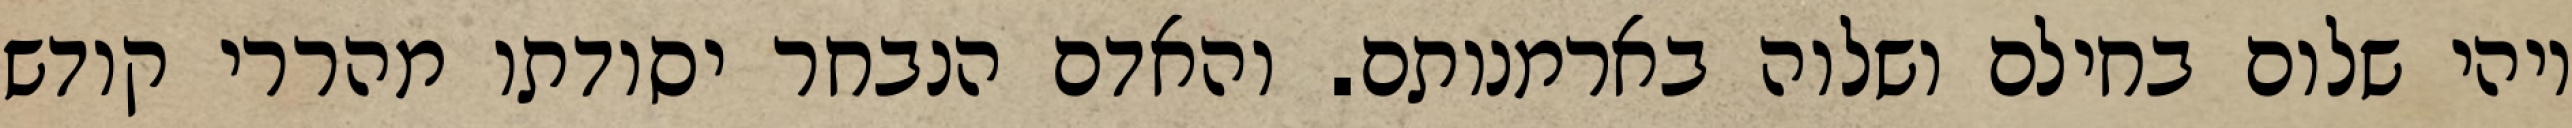
ויהי שלום בחילם ושלוה בארמנותם. והאדם הנבחר יסודתו מהררי קודש